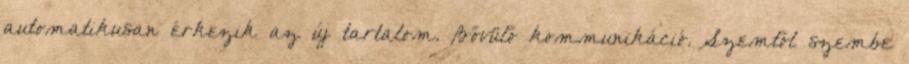
automatikusan érkezik az új tartalom. Bővülő kommunikáció. Szemtől szembe